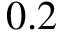
0 . 2